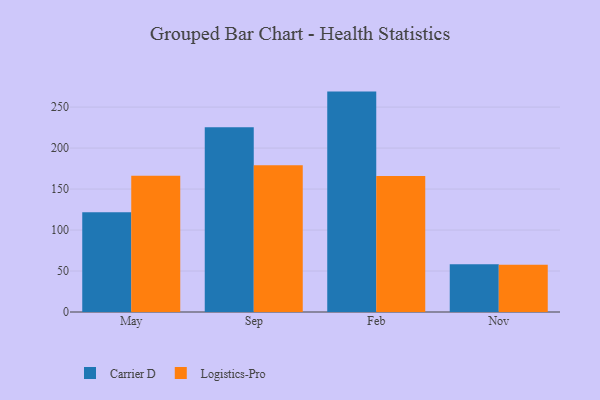
{"axis": {"x": "Month", "y": "Churn Rate (%)"}, "legend": ["Carrier D", "Logistics-Pro"], "data": [{"x": "May", "y": 121.7, "type": "Carrier D"}, {"x": "May", "y": 166.1, "type": "Logistics-Pro"}, {"x": "Sep", "y": 225.5, "type": "Carrier D"}, {"x": "Sep", "y": 179.0, "type": "Logistics-Pro"}, {"x": "Feb", "y": 268.9, "type": "Carrier D"}, {"x": "Feb", "y": 165.8, "type": "Logistics-Pro"}, {"x": "Nov", "y": 58.4, "type": "Carrier D"}, {"x": "Nov", "y": 57.8, "type": "Logistics-Pro"}]}